Annual report on the Civil Veterinary Department, Burma (including the Insein Veterinary School) - 1932-1941
Year: 1932
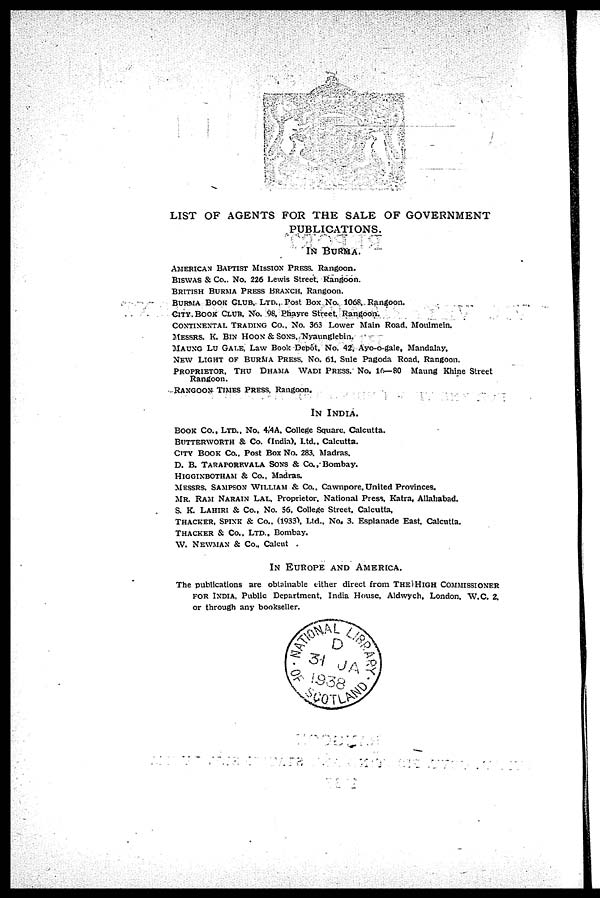
LIST OF AGENTS FOR THE SALE OF GOVERNMENT
PUBLICATIONS.
IN BURMA.
AMERICAN BAPTIST MISSION PRESS, Rangoon.
BISWAS & Co., No. 226 Lewis Street, Rangoon.
BRITISH BURMA PRESS BRANCH, Rangoon.
BURMA BOOK CLUB, LTD.,Post Box No. 1068, Rangoon.
CITY, BOOK CLUB, No. 98, Phayre Street, Rangoon.
CONTINENTAL TRADING CO., NO. 363 Lower Main Road, Moulmein.
MESSRS, K. BIN HOON & SONS, Nyaunglebin.
MAUNG LU GALE, Law Book Depôt, No. 42, Ayo-o-gale, Mandalay.
NEW LIGHT OF BURMA PRESS, NO. 61, Sule Pagoda Road, Rangoon.
PROPRIETOR, THU DHAMA WADI PRESS, NO. 16—80 Maung Khine Street
Rangoon.
RANGOON TIMES PRESS, Rangoon.
IN INDIA.
BOOK CO., LTD., No. 4/4A, College Square, Calcutta.
BUTTERWORTH & Co. (India), Ltd., Calcutta.
CITY BOOK Co., Post Box No. 283, Madras,
D. B. TARAPOREVALA SONS& Co., Bombay.
HIGGINBOTHAM & Co., Madras.
MESSRS, SAMPSON WILLIAM & Co., Cawnpore, United Provinces.
MR. RAM NARAIN LAL Proprietor, National Press, Katra, Allahabad.
S. K. LAHIRI & Co., No. 56, College Street, Calcutta,
THACKER, SPINKA & Co., (1933), Ltd., No, 3. Esplanade East, Calcutta.
THACKER & CO., LTD., Bombay.
W. NEWMAN & Co., Calcut
IN EUROPE AND AMERICA.
The publications are obtainable either direct from THE HIGH COMMISSIONER
FOR INDIA, Public Department, India House, Aldwych, London, W.C. 2.
or through any bookseller.